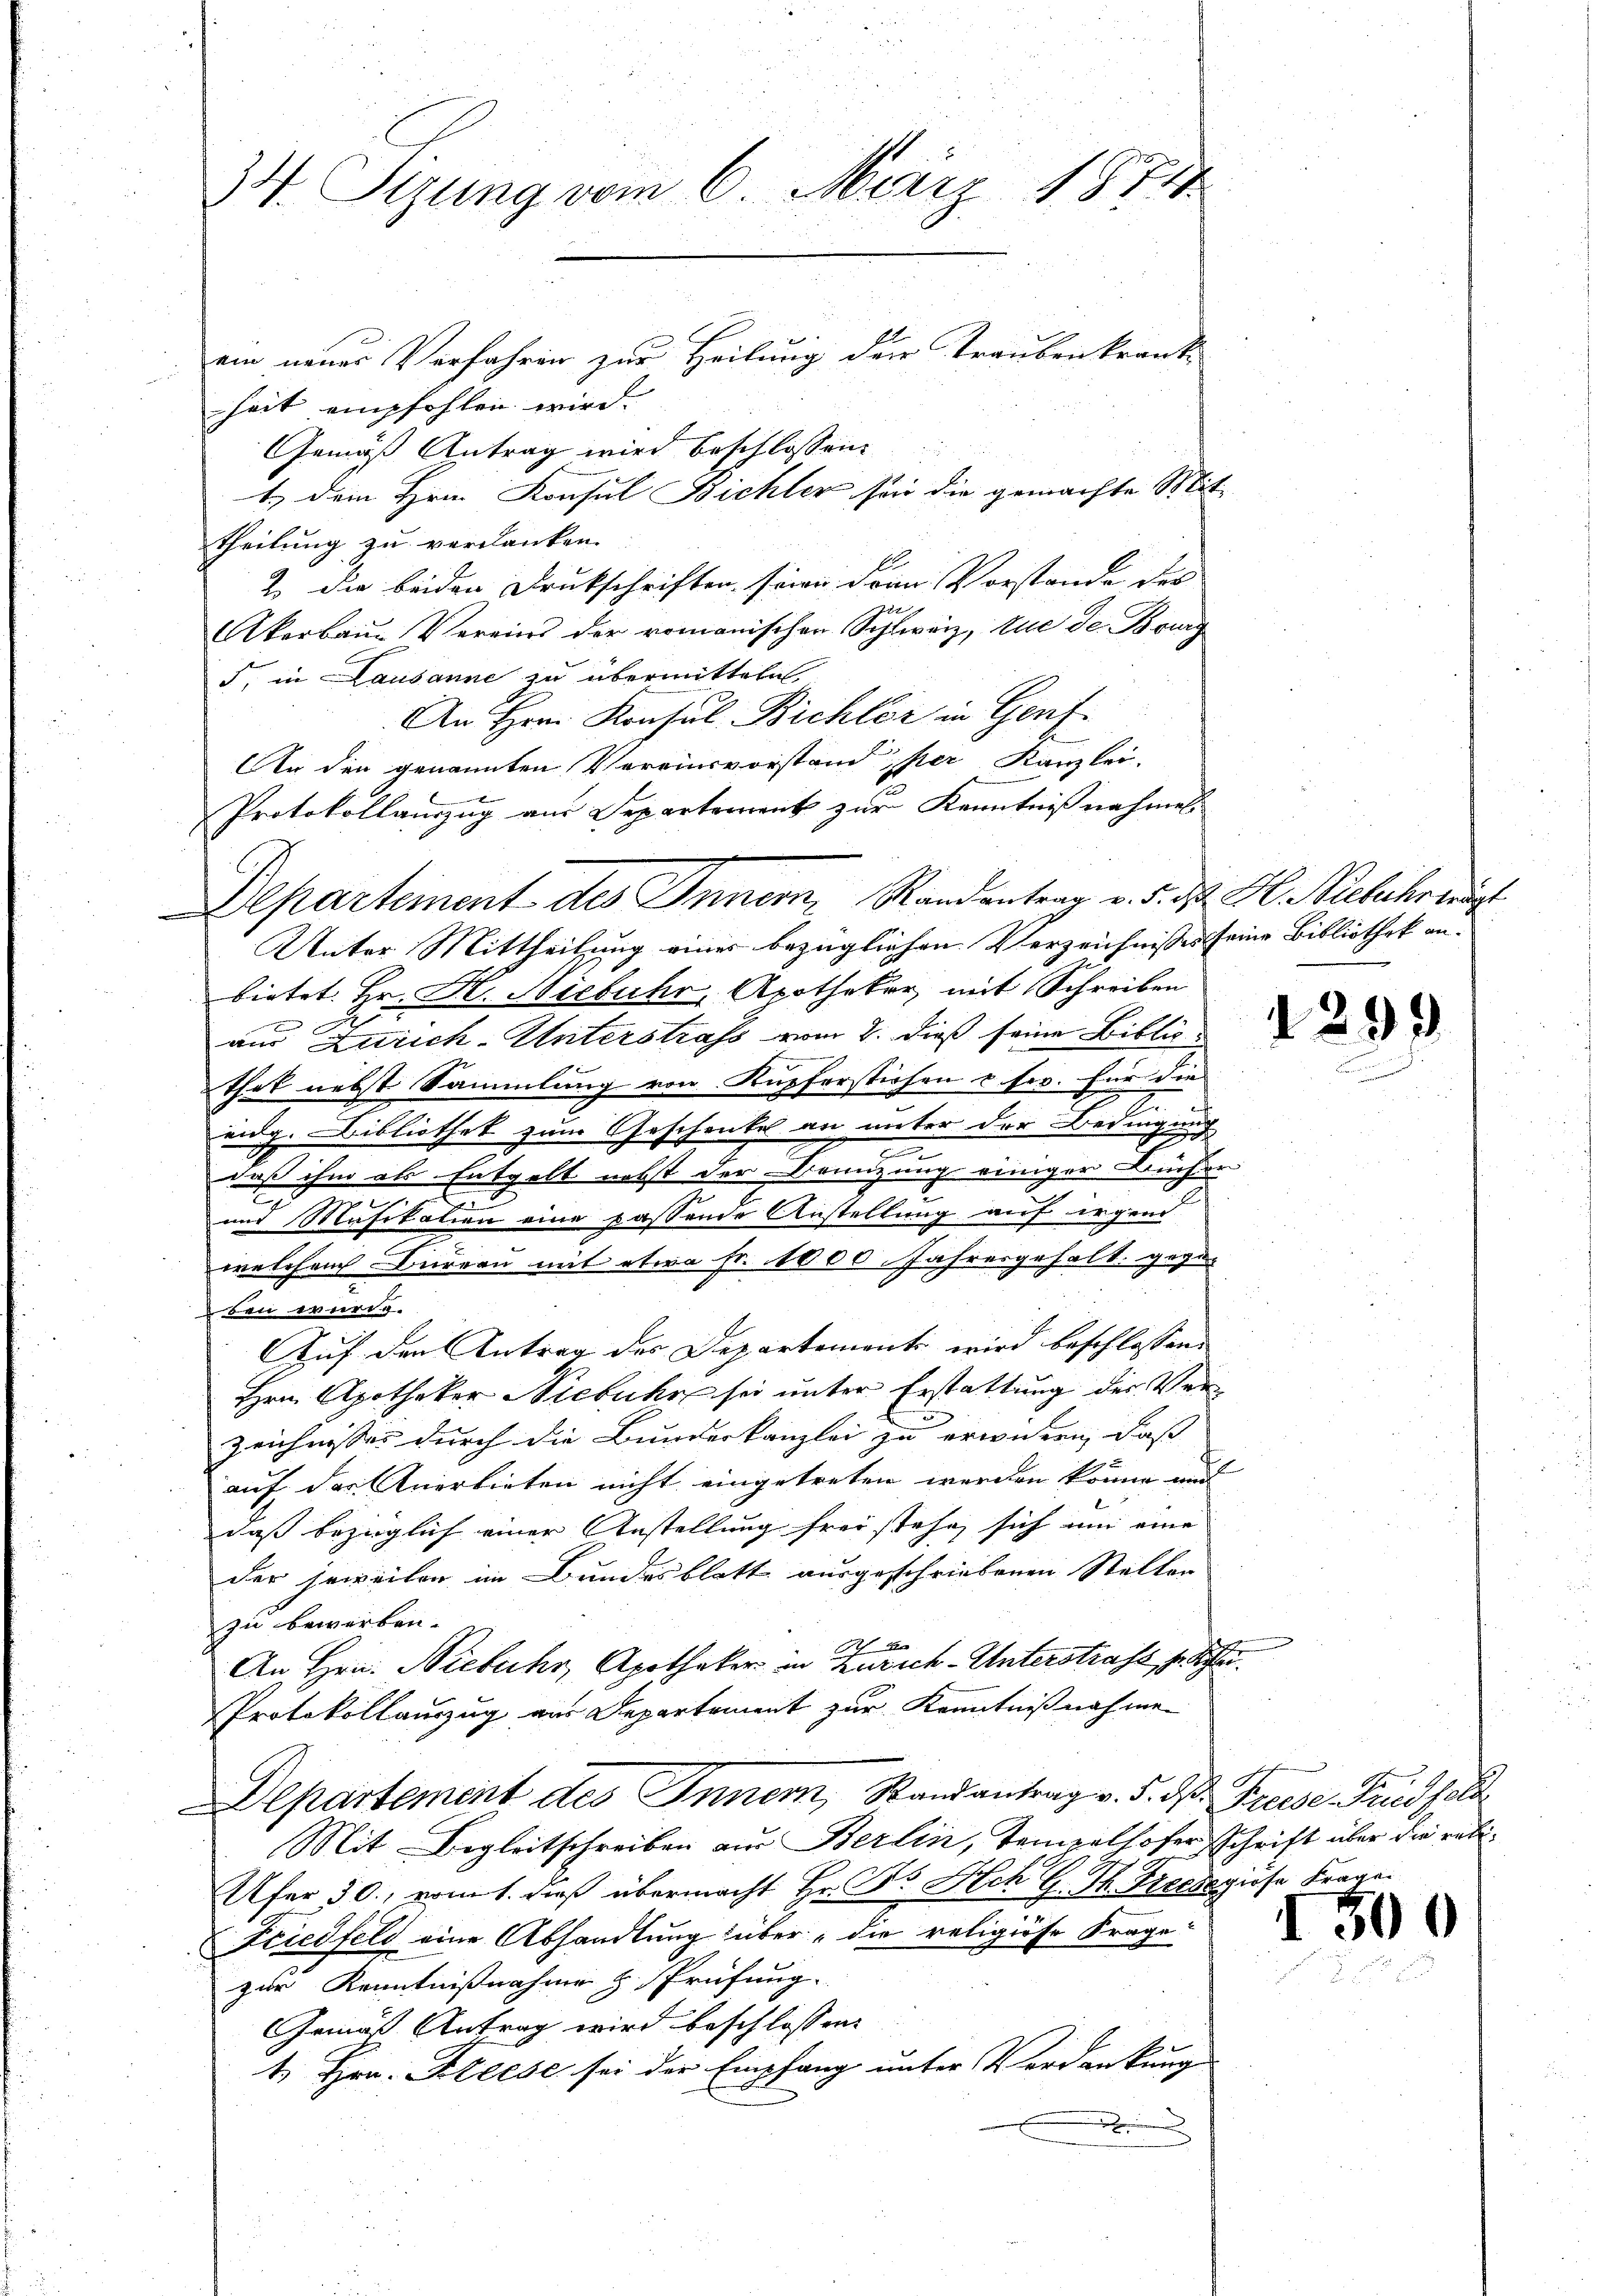
34. Sizung vom 6. März 1874
ein neuer Verfahren zur Heilung der Traubenkranke
heit empfohlen wird.

Gemäß Antrag wird beschlossen:
1.) Dem Hrn. Konsul Bichler sei die gemachte Mit-
theilung zu verdanken.
2 die beiden Drukschriften seien dein Vorstande des
Akarbaue Vereins der romanischen Schweiz, tue de Bourg
5, in Lausanne zu übermitteln
An Hrn. Konsul Bichler in Genf
An den genannten Vereinsvorstand per Kanzlei.
.
Protokollauszug aus Departement zur Kenntnißnahmen.
Unter Mittheilung einer bezüglichen Verzeichnisses seine Bibliothek anbietet. Hr. St. Niebühr, Apothekar mit Schreiben
E
aus Zürich-Unterstrafs vom 2. dieß seine Biblio
that nebst Sammlung von Kupferstichen u Fr. für die
eidg. Bibliothek zum Geschenkes an unter der Bedingung
d
daß ihm als Entgelt nebst der Benuzung einiger Bücher
und Masikation eine passende Anstellung auf irgen
welchen Bureau mit etwa Fr. 1000 Jahresgehalt gegen
ben würde.
Auf den Antrag der Departements wird beschlossene
Hrn. Apotheker Niebuhr sei unter Erstattung der Verzeichnisses durch die Bunderkanzlei zu erwidern, dass |
auf der Anerbieten nicht eingetreten werden könne und
daß bezüglich einer Anstellung frei stehe, sich um eine
der jeweilen im Bundesblatt ausgeschriebenen Stellen
zu bewerben.
4
An Hrn. Niebeihs, Apotheker in Zürich-Unterstrafe, so schen
Protokollauszug aus Departement zur Kenntnißnahmen
Departement des Inner, Randantrag v. 5. ds. Freese Friedfeld
Mit Begleitschreiben am Berlin, Tempelhofer Schrift über die rati¬
Ufer 50., vom 1. dieß übermacht Hr. Dr. Ach G. Th. Fredgiose Fragen
Friedfeld eine Abhandlung über die religiöse Frage
zur Kenntnißnahme & Prüfung.
Gemäß Antrag wird beschlossen:
t Hrn. Freese sei der Empfang unter Verdankung

Departement des Innern, Randantrag v. 5. d. M. Niesschrist

1299

1500